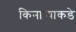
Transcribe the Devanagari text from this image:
किनार्‍याकडे